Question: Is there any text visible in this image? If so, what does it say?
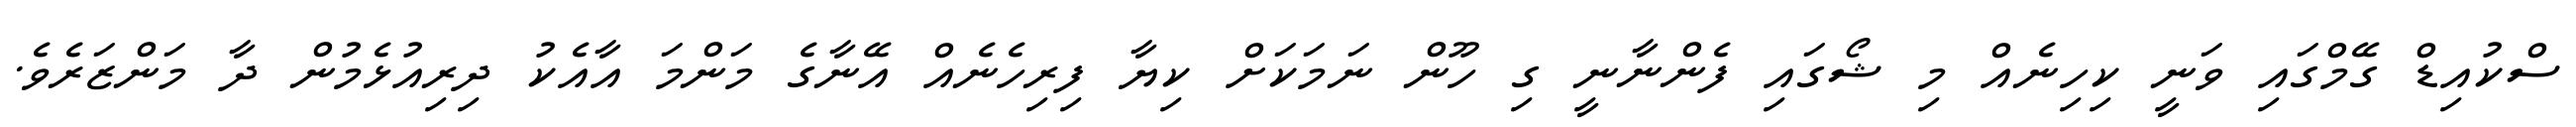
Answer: ސްކުއިޑް ގޭމްގައި ވަނީ ކިހިނެއް މި ޝޯގައި ފެންނާނީ ގި ހޫން ނަމަކަށް ކިޔާ ފިރިހެނެއް އޭނާގެ މަންމަ އާއެކު ދިރިއުޅެމުން ދާ މަންޒަރެވެ.